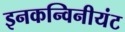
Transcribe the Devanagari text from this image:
इनकन्विनीयंट